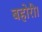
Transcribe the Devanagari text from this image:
बहोरी।